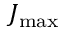
J _ { \mathrm { m a x } }